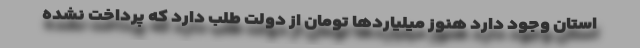
استان وجود دارد هنوز میلیاردها تومان از دولت طلب دارد که پرداخت نشده